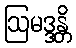
ဩမဒ္ဒန္တိ